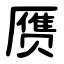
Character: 赝